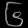
Digit: ၆